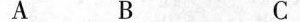
A B C